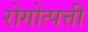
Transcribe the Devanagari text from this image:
रोगोत्पत्ती